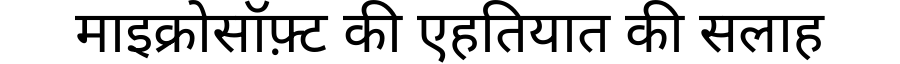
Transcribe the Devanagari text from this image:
माइक्रोसॉफ़्ट की एहतियात की सलाह